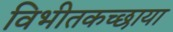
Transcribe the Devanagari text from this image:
विभीतकच्छाया